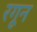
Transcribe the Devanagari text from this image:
रगून